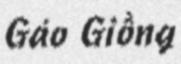
Gáo Giồng